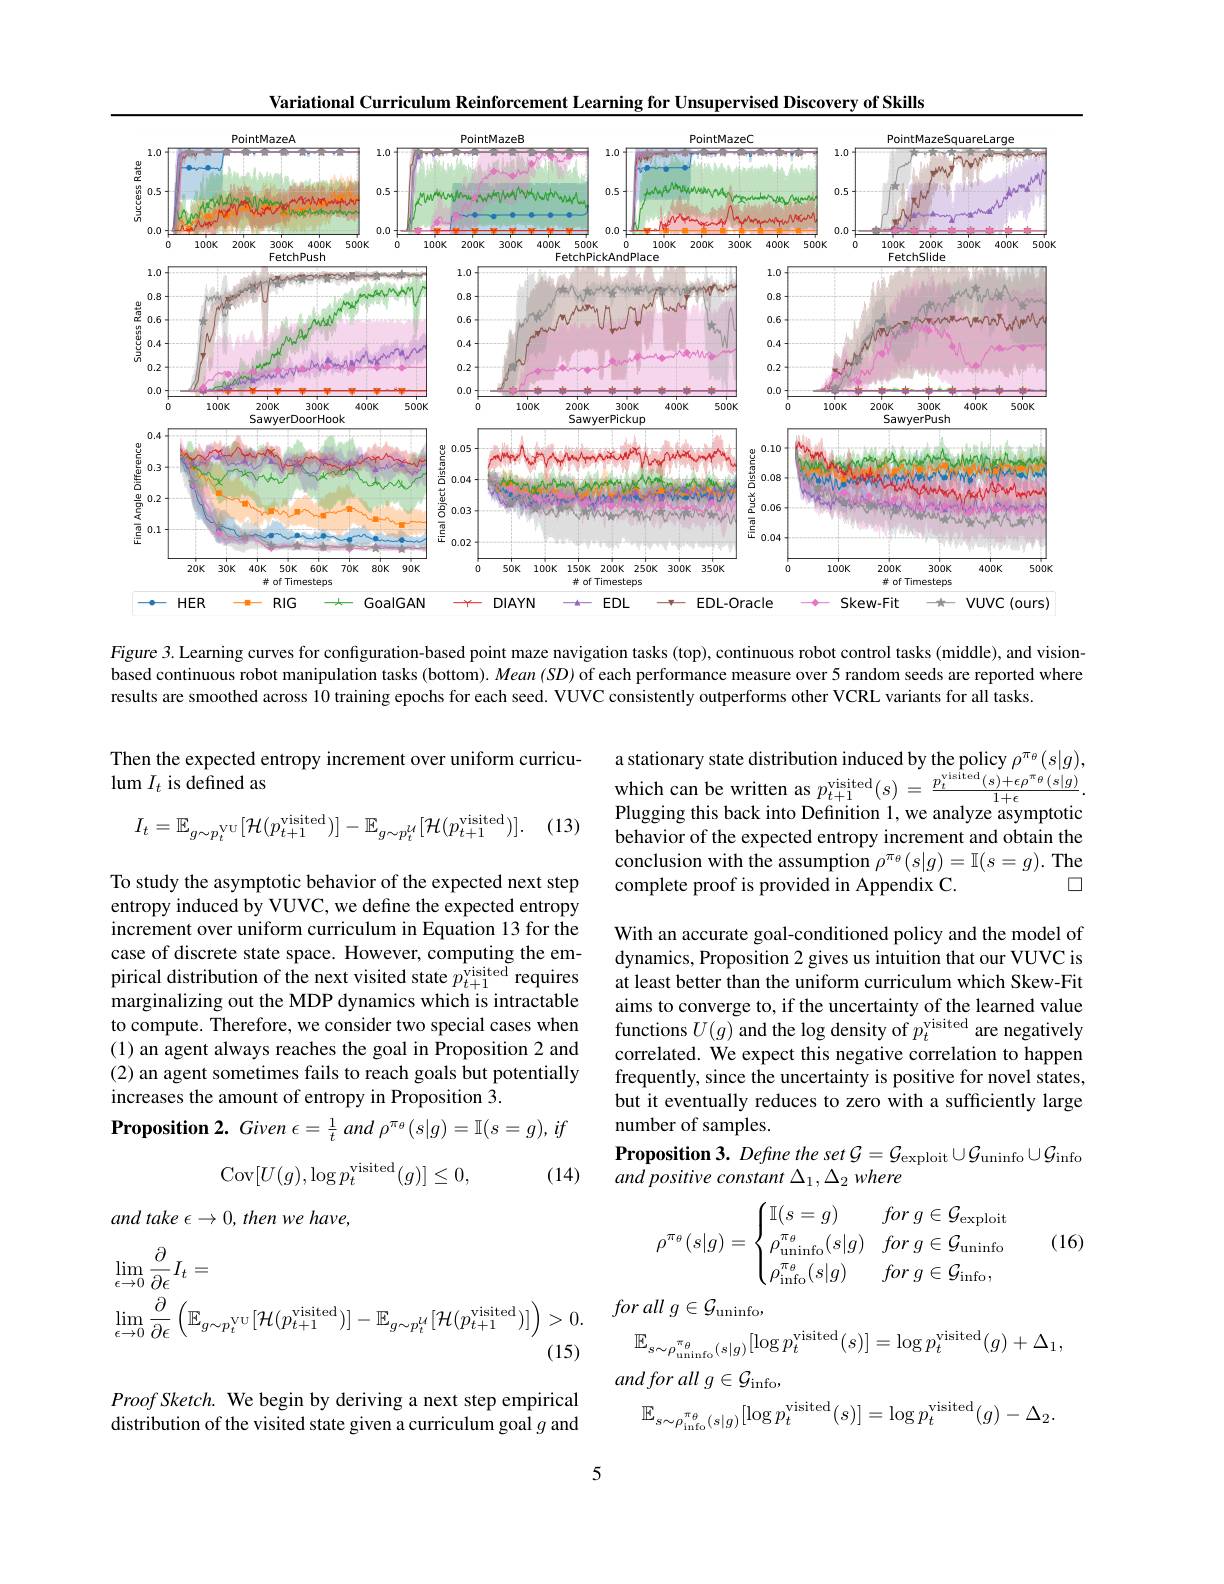
Variational Curriculum Reinforcement Learning for Unsupervised Discovery of Skills
<FigureHere>

Figure 3. Learning curves for configuration-based point maze navigation tasks (top), continuous robot control tasks (middle), and visionbased continuous robot manipulation tasks (bottom). $Mean(SD)$ of each performance measure over 5 random seeds are reported where results are smoothed across 10 training epochs for each seed. VUVC consistently outperforms other VCRL variants for all tasks.

Then the expected entropy increment over uniform curricu-
lum $I_t$ is defined as

a stationary state distribution induced by the policy $\rho ^{\pi _{\theta }}( s| g) $, which can be written as $p_{t+ 1}^{\text{visited}}( s)$ = $\frac {p_{t}^{\text{visited}}( s) + \epsilon \rho ^{\pi _{\theta }}( s| g) }{1+ \epsilon }.$ Pluraina thic back into Dafinition 1 we analvze acvmntotic Plugging this back into Definition 1, we analyze asymptotic behavior of the expected entropy increment and obtain the conclusion with the assumption $\rho^{\pi_\theta}(s|g)=\mathbb{I}(s=g).$ The complete proof is provided in Appendix C.
$\square$

. (13)
$$I_{t}=\mathbb{E}_{g\sim p_{t}^{\mathrm{VU}}}[\mathcal{H}(p_{t+1}^{\mathrm{visited}})]-\mathbb{E}_{g\sim p_{t}^{\mathcal{U}}}[\mathcal{H}(p_{t+1}^{\mathrm{visited}})].$$
To study the asymptotic behavior of the expected next step entropy induced by VUVC, we define the expected entropy increment over uniform curriculum in Equation 13 for the case of discrete state space. However, computing the empirical distribution of the next visited state $\hat{p_{t+1}^\mathrm{visited}}$ requires marginalizing out the MDP dynamics which is intractable to compute. Therefore, we consider two special cases when (1) an agent always reaches the goal in Proposition 2 and (2) an agent sometimes fails to reach goals but potentially increases the amount of entropy in Proposition 3.
$\textbf{Proposition 2. Given }\epsilon = \frac 1t$ and $\rho ^{\pi _{\theta }}( s| g) = \mathbb{I} ( s= g) $, $if$

With an accurate goal-conditioned policy and the model of dynamics, Proposition 2 gives us intuition that our VUVC is at least better than the uniform curriculum which Skew-Fit aims to converge to, if the uncertainty of the learned value functions $U(g)$ and the log density of $p_t^\mathrm{visited}$ are negatively correlated. We expect this negative correlation to happen frequently, since the uncertainty is positive for novel states, but it eventually reduces to zero with a sufficiently large number of samples.
Proposition 3. Define the set $\mathcal{G} = \mathcal{G} _\mathrm{exploit}\cup \mathcal{G} _\mathrm{uninfo}\cup \mathcal{G} _\mathrm{info}$
and positive constant $\Delta_1,\Delta_2$ where
$$\mathrm{Cov}[U(g),\log p_t^\mathrm{visited}(g)]\leq0,$$
(14)

and take $\epsilon \to 0, \textit{then we have, }$

(16)
$$\rho^{\pi_\theta}(s|g)=\begin{cases}\mathbb{I}(s=g)&for\:g\in\mathcal{G}_{\mathrm{exploit}}\\\rho_{\mathrm{uninfo}}^{\pi_\theta}(s|g)&for\:g\in\mathcal{G}_{\mathrm{uninfo}}\\\rho_{\mathrm{info}}^{\pi_\theta}(s|g)&for\:g\in\mathcal{G}_{\mathrm{info}},\end{cases}$$
for all $g\in {\mathcal{G} }_{\mathrm{uninfo}}$,
$$\begin{aligned}&\operatorname*{lim}_{\epsilon\to0}\frac{\partial}{\partial\epsilon}I_{t}=\\&\operatorname*{lim}_{\epsilon\to0}\frac{\partial}{\partial\epsilon}\left(\mathbb{E}_{g\sim p_{t}^{\mathrm{VU}}}[\mathcal{H}(p_{t+1}^{\mathrm{visited}})]-\mathbb{E}_{g\sim p_{t}^{l_{t}}}[\mathcal{H}(p_{t+1}^{\mathrm{visited}})]\right)>0.\end{aligned}$$
$$\mathbb{E}_{s\sim\rho_{\mathrm{uninfo}}^{\pi_{\theta}}(s|g)}[\log p_{t}^{\mathrm{visited}}(s)]=\log p_{t}^{\mathrm{visited}}(g)+\Delta_{1},$$
$and\textit{for all g}\in \mathcal{G} _{\mathrm{info}}$,
$$\mathbb{E}_{s\sim\rho_{\mathrm{info}}^{\pi_{\theta}}(s|g)}[\log p_{t}^{\mathrm{visited}}(s)]=\log p_{t}^{\mathrm{visited}}(g)-\Delta_{2}.$$
$Proof\textit{Sketch. We begin by deriving a next step empirical}$ distribution of the visited state given a curriculum goal $g$ and

5